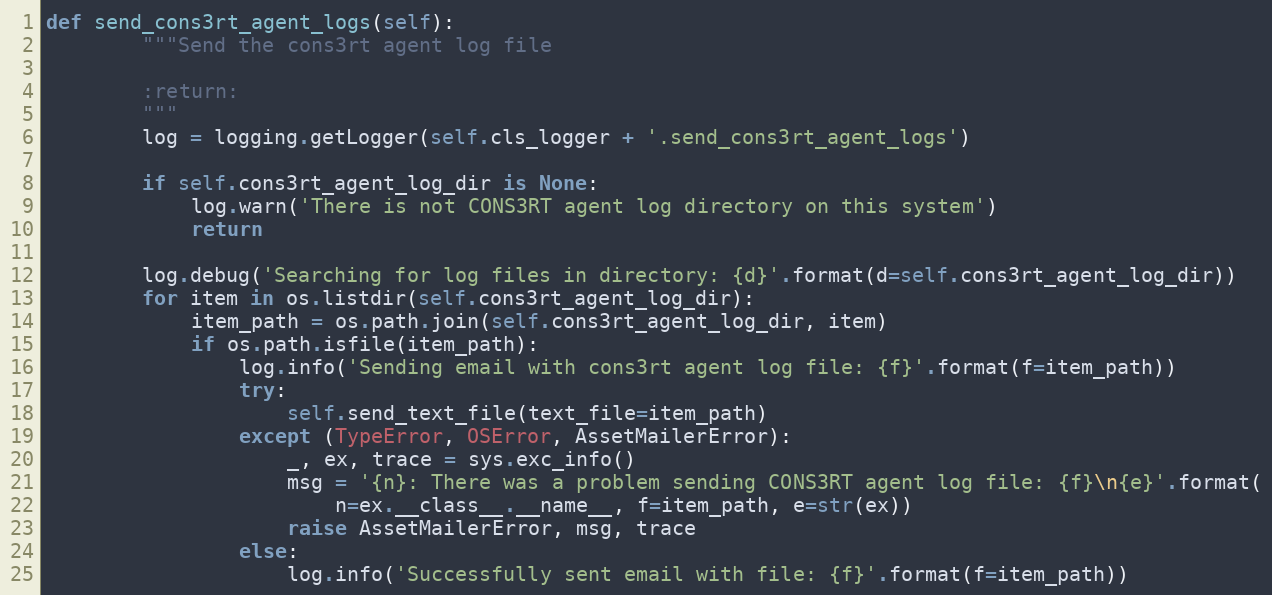
Language: Python
def send_cons3rt_agent_logs(self):
        """Send the cons3rt agent log file

        :return:
        """
        log = logging.getLogger(self.cls_logger + '.send_cons3rt_agent_logs')

        if self.cons3rt_agent_log_dir is None:
            log.warn('There is not CONS3RT agent log directory on this system')
            return

        log.debug('Searching for log files in directory: {d}'.format(d=self.cons3rt_agent_log_dir))
        for item in os.listdir(self.cons3rt_agent_log_dir):
            item_path = os.path.join(self.cons3rt_agent_log_dir, item)
            if os.path.isfile(item_path):
                log.info('Sending email with cons3rt agent log file: {f}'.format(f=item_path))
                try:
                    self.send_text_file(text_file=item_path)
                except (TypeError, OSError, AssetMailerError):
                    _, ex, trace = sys.exc_info()
                    msg = '{n}: There was a problem sending CONS3RT agent log file: {f}\n{e}'.format(
                        n=ex.__class__.__name__, f=item_path, e=str(ex))
                    raise AssetMailerError, msg, trace
                else:
                    log.info('Successfully sent email with file: {f}'.format(f=item_path))